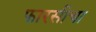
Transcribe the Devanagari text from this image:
फारसीचा